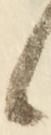
候